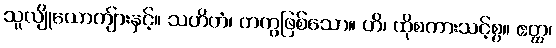
သူလျိုယောကျ်ားနှင့်။ သဟိတံ၊ တကွဖြစ်သော။ ဟိ၊ ထိုစကားသင့်စွ။ ဧတ္ထ၊